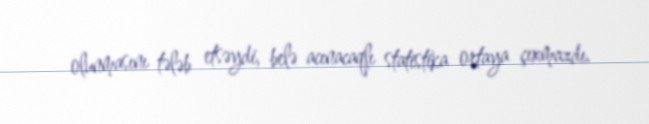
olunmasını tələb etsəydi, belə acınacaqlı statistika ortaya çıxmazdı.